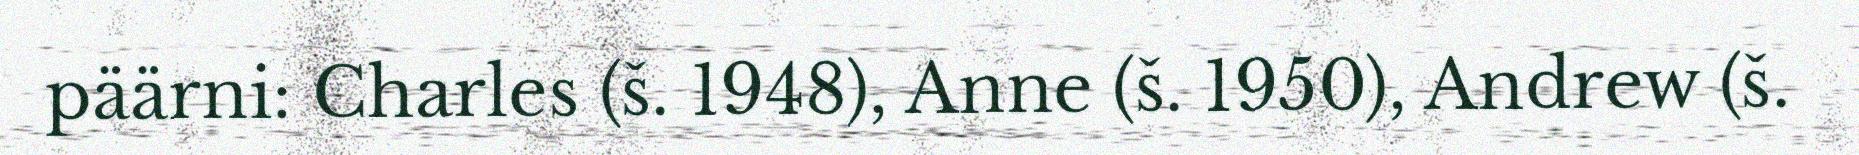
päärni: Charles (š. 1948), Anne (š. 1950), Andrew (š.